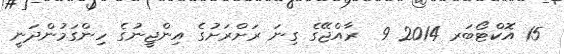
15 އޮކްޓޯބަރ 2014 9  ރާއްޖޭގެ ގިނަ ރަށްރަށުގެ އިންޖީނުގެ ހިންގަމުންދަނީ